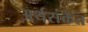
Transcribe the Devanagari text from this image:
अर्थसंकेत